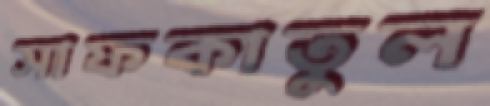
সাফকাতুল